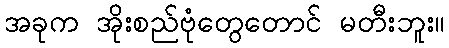
အခုက အိုးစည်ဗုံတွေတောင် မတီးဘူး။